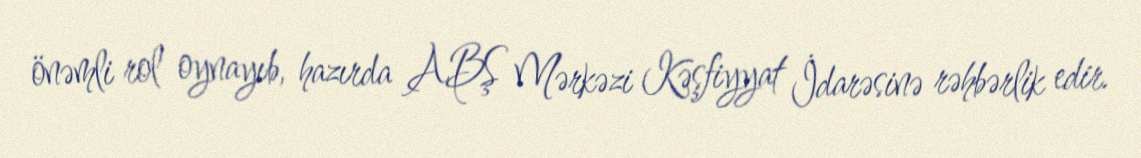
önəmli rol oynayıb, hazırda ABŞ Mərkəzi Kəşfiyyat İdarəsinə rəhbərlik edir.